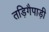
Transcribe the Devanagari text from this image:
तड़िगैपाड़ी